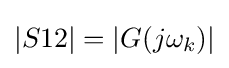
|S12|=|G(j\omega _{k})|